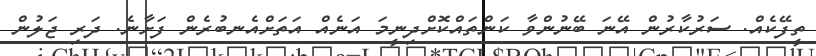
ތީފޭކެއް. ސަރުކާރުން އޭނަ ބޭނުންވާ ކަންތައްކޮށްދިނީމަ އަނެއް އަތަށްއެނބުރެން ފަށާނެ. ދަރި ޖަލުން